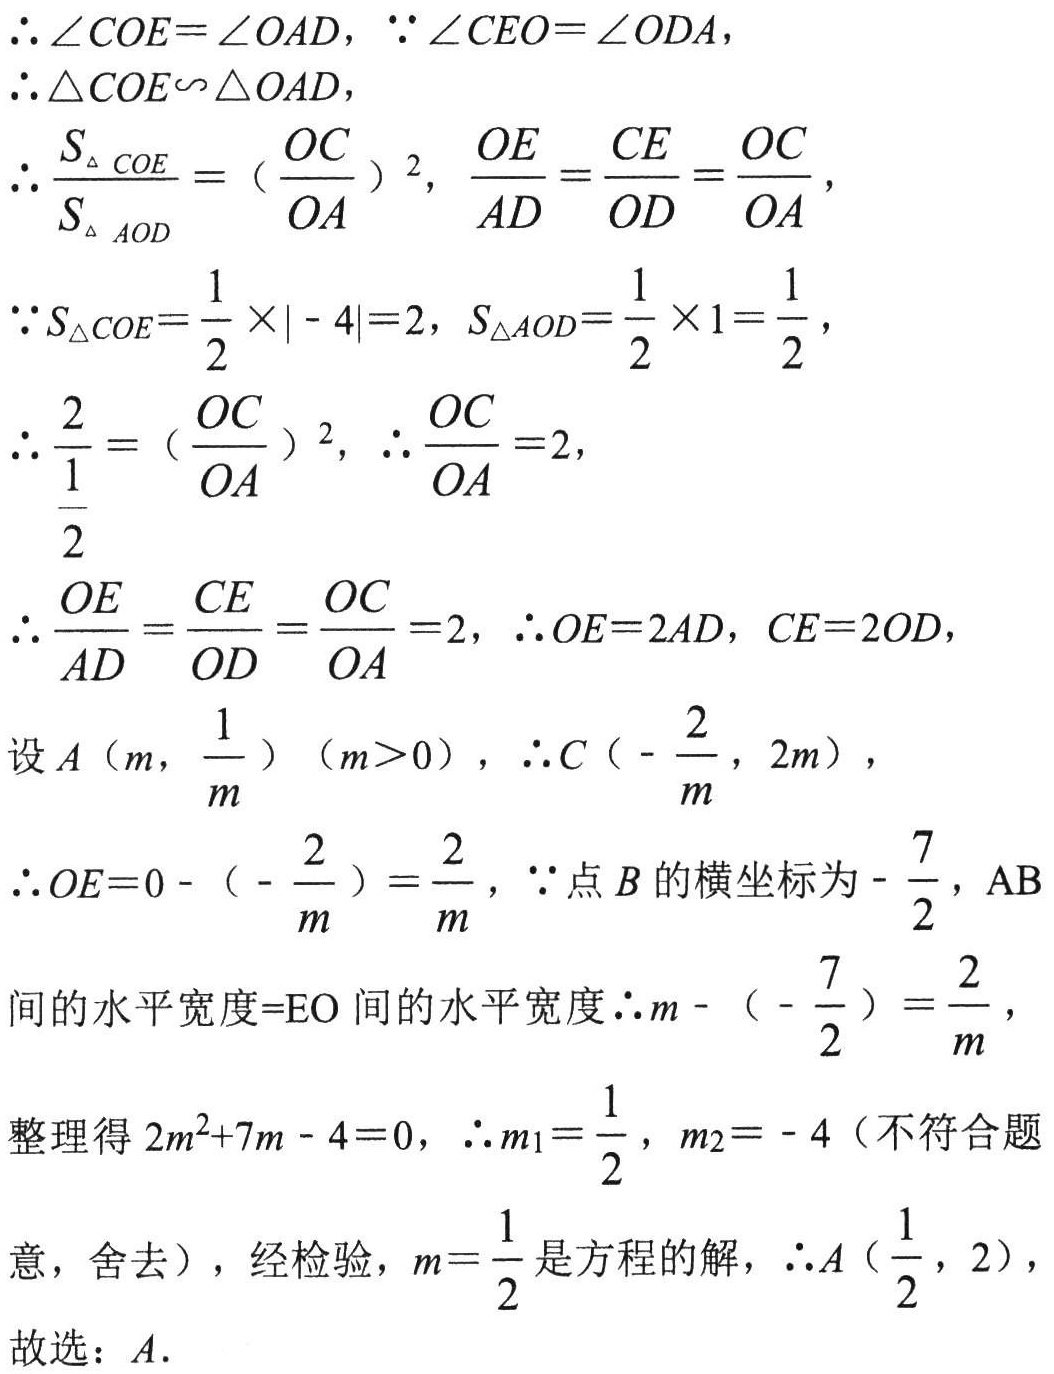
\begin{align*}
&\text{因为}\angle COE=\angle OAD,\text{ 因为}\angle CEO=\angle ODA,\\
&\text{所以}\triangle COE\sim\triangle OAD,\\
&\text{所以}\frac{S_{\triangle COE}}{S_{\triangle AOD}} = \left(\frac{OC}{OA}\right)^{2},\frac{OE}{AD}=\frac{CE}{OD}=\frac{OC}{OA},\\
&\text{因为}S_{\triangle COE}=\frac{1}{2}\times|-4| = 2,S_{\triangle AOD}=\frac{1}{2}\times1=\frac{1}{2},\\
&\text{所以}\frac{2}{\frac{1}{2}}=\left(\frac{OC}{OA}\right)^{2},\text{ 所以}\frac{OC}{OA}=2,\\
&\text{所以}\frac{OE}{AD}=\frac{CE}{OD}=\frac{OC}{OA}=2,\text{ 所以}OE = 2AD,CE = 2OD,\\
&\text{设}A\left(m,\frac{1}{m}\right)(m > 0),\text{ 所以}C\left(-\frac{2}{m},2m\right),\\
&\text{所以}OE=0-\left(-\frac{2}{m}\right)=\frac{2}{m},\text{ 因为点}B\text{的横坐标为}-\frac{7}{2},\text{ }AB\\
&\text{间的水平宽度=}EO\text{间的水平宽度所以}m-\left(-\frac{7}{2}\right)=\frac{2}{m},\\
&\text{整理得}2m^{2}+7m - 4 = 0,\text{ 所以}m_{1}=\frac{1}{2},m_{2}=-4\text{（不符合题}\\
&\text{意，舍去），经检验，}m = \frac{1}{2}\text{是方程的解，所以}A\left(\frac{1}{2},2\right),\\
&\text{故选：}A.
\end{align*}